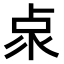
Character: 𠧹